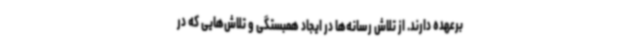
برعهده دارند. از تلاش رسانه‌ها در ایجاد همبستگی و تلاش‌هایی که در